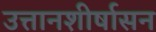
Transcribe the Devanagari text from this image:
उत्तानशीर्षासन